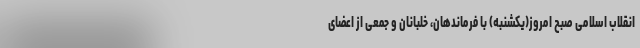
انقلاب اسلامی صبح امروز(یکشنبه) با فرماندهان، خلبانان و جمعی از اعضای